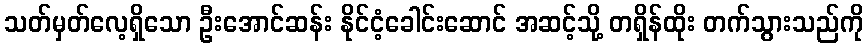
သတ်မှတ်လေ့ရှိသော ဦးအောင်ဆန်း နိုင်ငံ့ခေါင်းဆောင် အဆင့်သို့ တရှိန်ထိုး တက်သွားသည်ကို